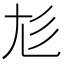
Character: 𡯎